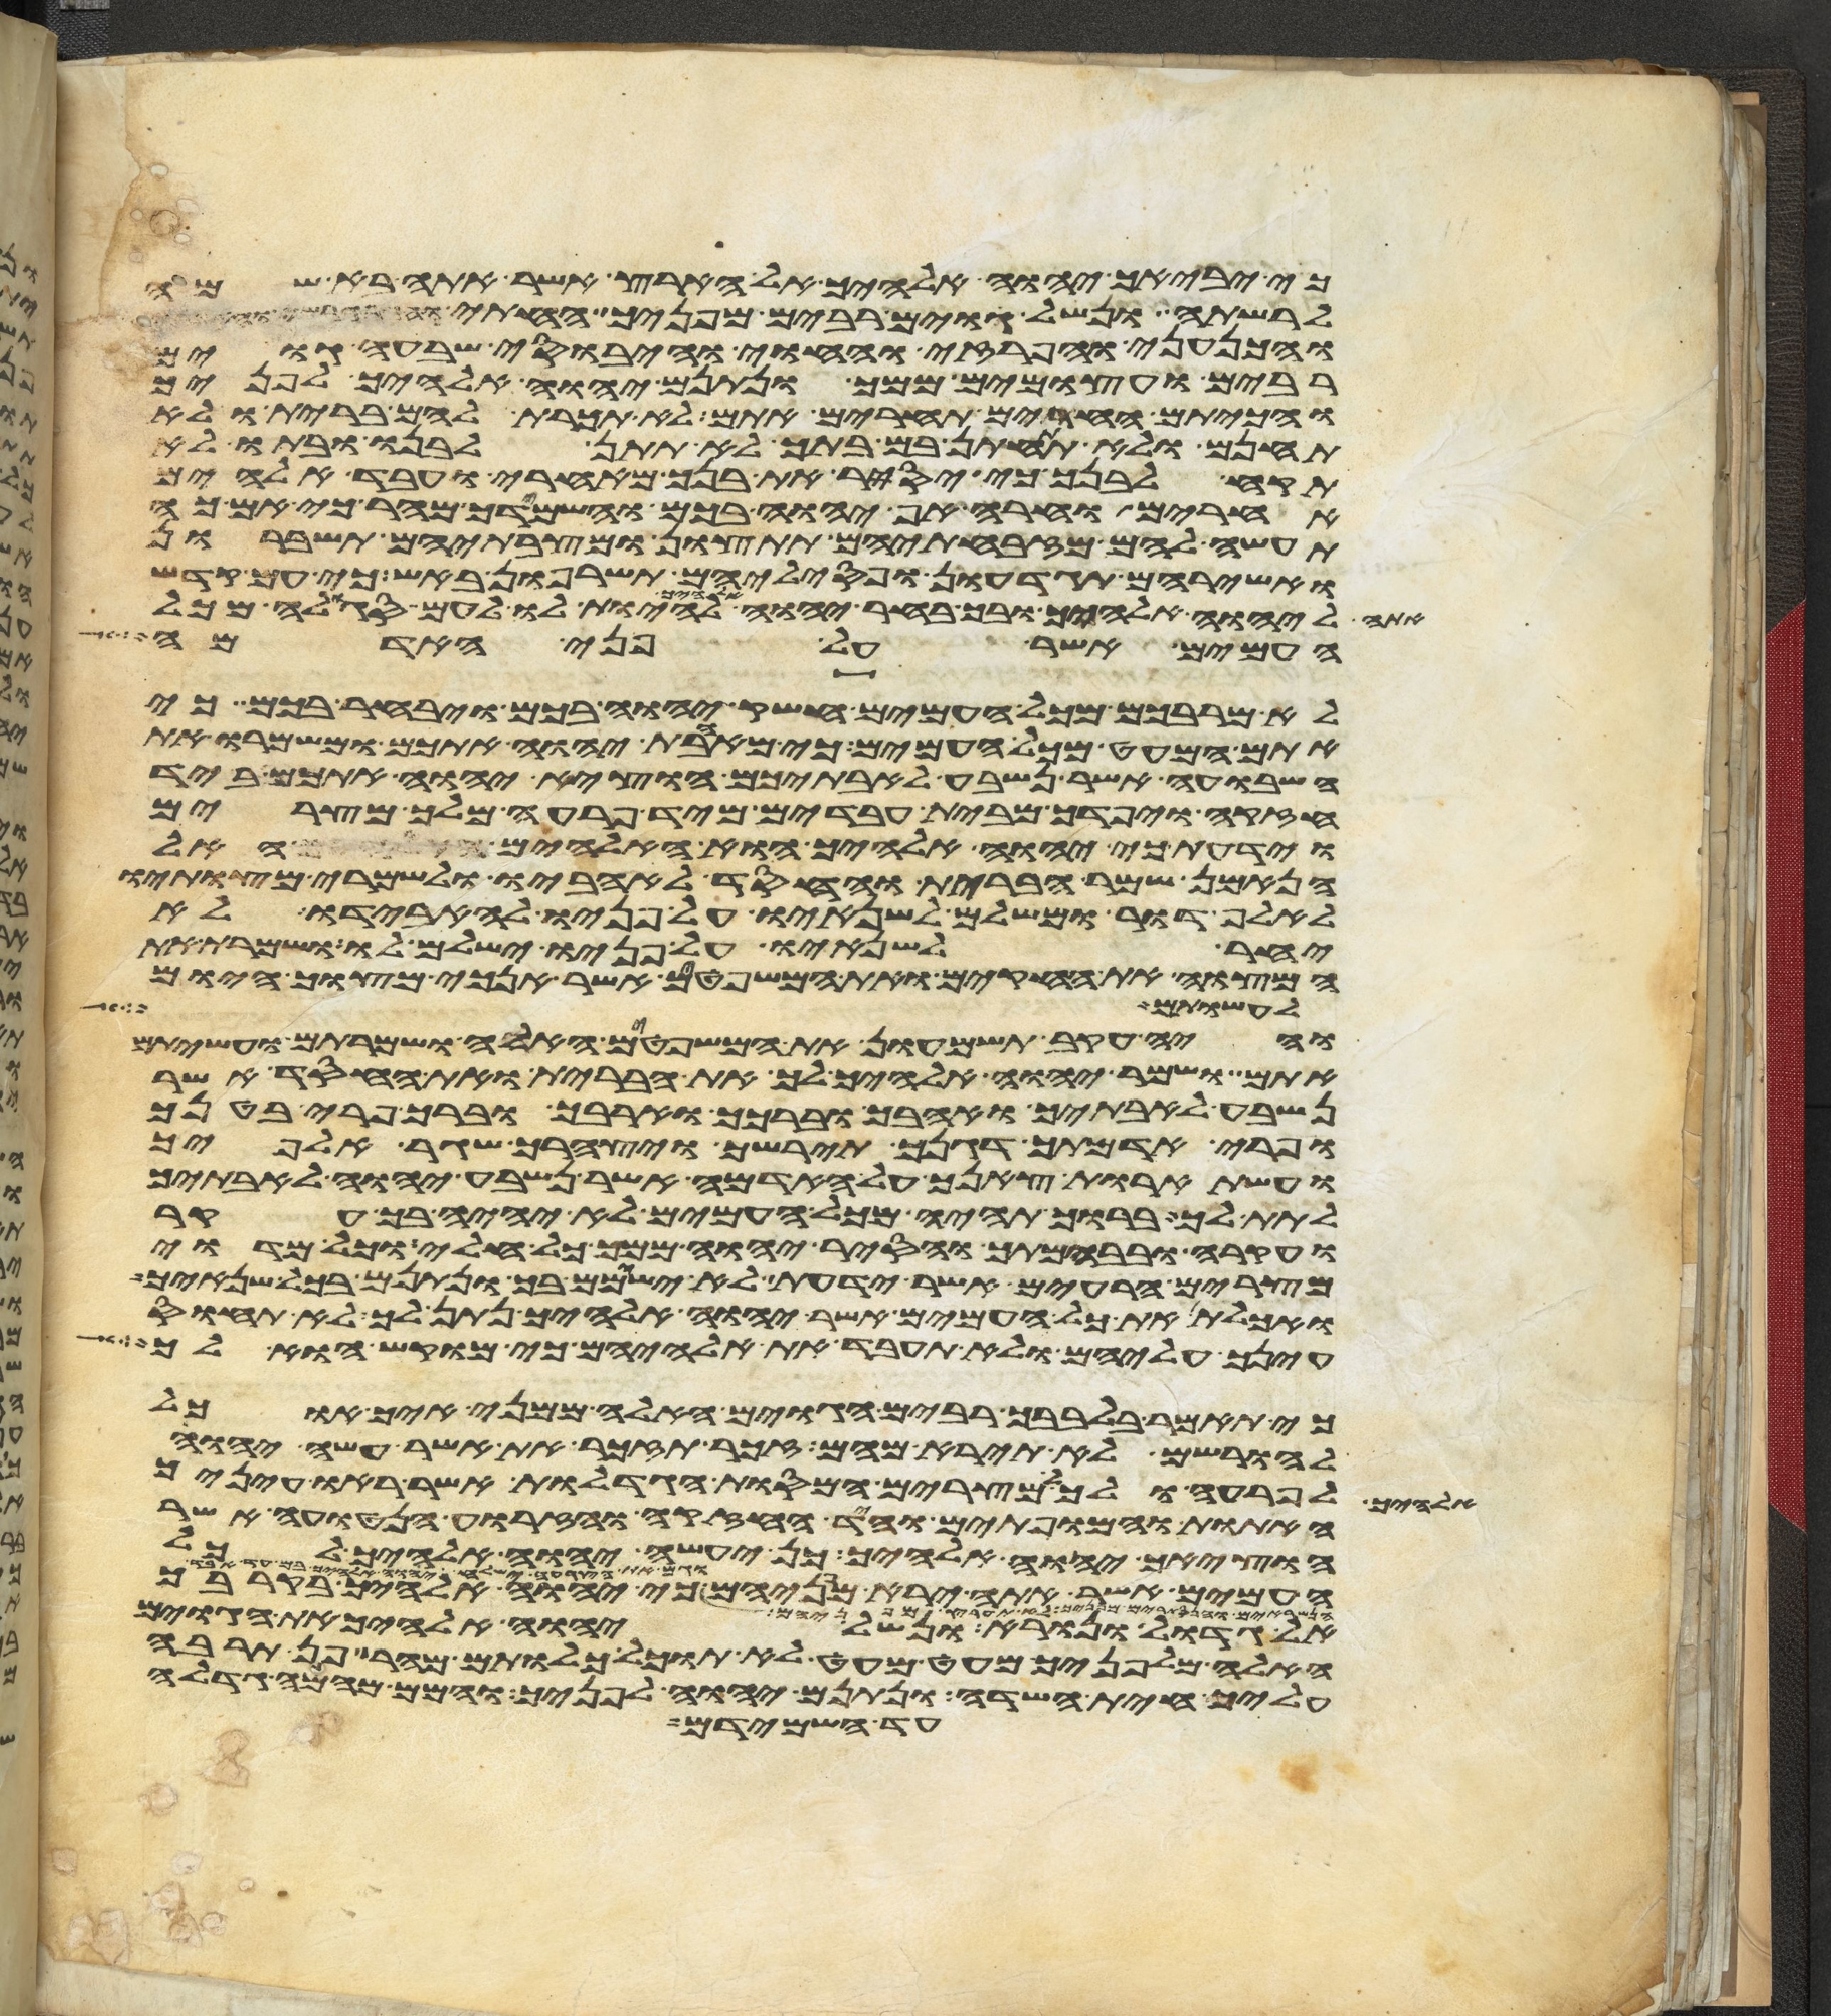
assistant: כי יביאך יהוה אלהיך אל הארץ אשר אתה בא שמה
לרשתה ונשל גוים רבים מפניך החתי והגרגשי והאמרי
והכנעני והפרזי והחוי והיבוסי שבעה גוים
רבים ועצמים ממך ונתנם יהוה אלהיך לפניך
והכיתם החרים תחרים אתם לא תכרת להם ברית ולא
תחנם ולא תתחתן בם בתך לא תתן לבנו ובתו לא
תקח לבנך כי יסיר את בנך מאחרי ועבד אלהים
אחרים וחרה אף יהוה בכם והשמידך מהר כי אם כה
תעשה להם מזבחתיהם תתצון ומצבתיהם תשברון
ואשריהם תגדעון ופסיליהם תשרפון באש כי עם קדש
אתה ליהוה אלהיך ובך בחר יהוה אלהיך להיות לו לעם סגלה מכל
העמים אשר על פני האדמה
לא מרבכם מכל העמים חשק יהוה בכם ויבחר בכם כי
אתם המעט מכל העמים כי מאהבת יהוה אתכם ומשמרו את
השבועה אשר נשבע לאבתיכם הוציא יהוה אתכם ביד
חזקה ויפדך מבית עבדים מיד פרעה מלך מצרים
וידעת כי יהוה אלהיך הוא האלהים האל
הנאמן שמר הברית והחסד לאהביו ולשמרי מצותיו
לאלף דור ומשלם לשנאיו על פניו להאבידו לא
יאחר לשנאיו על פניו ישלם לו ושמרת את
המצוה את החקים ואת המשפטים אשר אנכי מצוך היום
לעשות
והיה עקב תשמעון את המשפטים האלה ושמרתם ועשיתם
אתם ושמר יהוה אלהיך לך את הברית ואת החסד אשר
נשבע לאבתיך ואהבך וברכך והרבך וברך פרי בטנך
ופרי אדמתך דגנך תירשך ויצהרך שגר אלפיך
ועשתרות צאנך על האדמה אשר נשבע יהוה לאבתיך
לתת לך ברוך תהיה מכל העמים לא יהיה בך עקר
ועקרה ובבהמתך והסיר יהוה ממך כל חלי וכל מדוי
מצרים הרעים אשר ידעת לא ישימם בך ונתנם בכל שנאיך
ואכלת את כל העמים אשר יהוה אלהיך נתן לך לא תחוס
עינך עליהם ולא תעבד את אלהיהם כי מוקש הוא לך
כי תאמר בלבבך רבים הגוים האלה ממני איך אוכל
להורישם לא תירא מהם זכר תזכר את אשר עשה יהוה
אלהיך לפרעה ולכל מצרים המסות הגדלות אשר ראו עיניך
האתות והמופתים והיד החזקה והזרוע הנטויה אשר
הוציאך יהוה אלהיך כן יעשה יהוה אלהיך לכל
מפניך לא תערץ מפניהם כי יהוה אלהיך בקרבך
אל גדול ונורא ונשל יהוה אלהיך את הגוים
האלה מלפניך מעט מעט לא תוכל כלותם מהר פן תרבה
עליך חית השדה ונתנם יהוה אלהיך לפניך והמם מהמה גדלה
עד השמידם